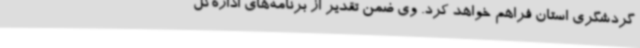
گردشگری استان فراهم خواهد کرد. وی ضمن تقدیر از برنامه‌های اداره‌کل